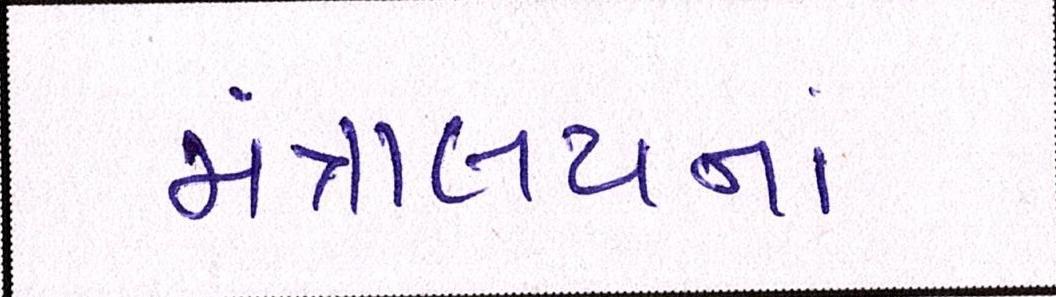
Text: મંત્રાલયનાં